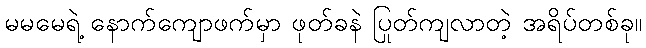
မမမေရဲ့ နောက်ကျောဖက်မှာ ဖုတ်ခနဲ ပြုတ်ကျလာတဲ့ အရိပ်တစ်ခု။